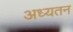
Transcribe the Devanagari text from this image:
अध्यतन